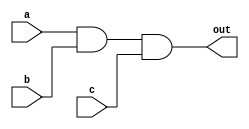
module andGate( a, b, c, out);

	input a, b, c;
	output out;
	wire out;

	assign out = a & b & c;
	//assign out = AND(a, b, c);
  	//and(out, a,b,c);

endmodule